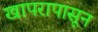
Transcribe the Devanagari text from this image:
खापरापासून